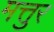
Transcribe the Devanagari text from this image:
मत्तुर